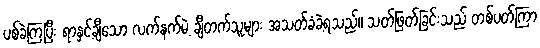
ပစ်ခဲ့ကြပြီး ရာနှင့်ချီသော လက်နက်မဲ့ ချီတက်သူများ အသတ်ခံခဲ့ရသည်။ သတ်ဖြတ်ခြင်းသည် တစ်ပတ်ကြာ